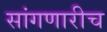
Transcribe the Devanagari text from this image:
सांगणारीच